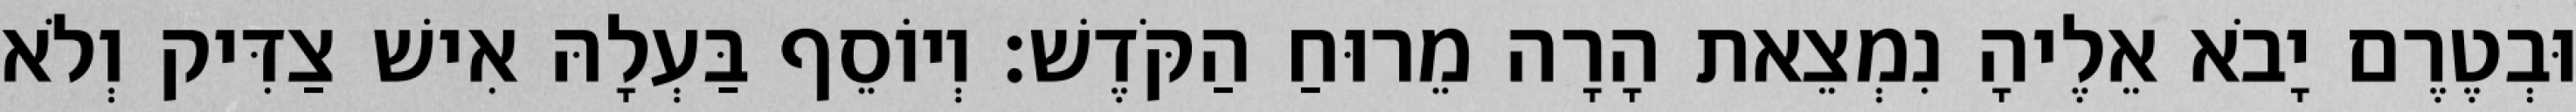
וּבְטֶרֶם יָבֹא אֵלֶיהָ נִמְצֵאת הָרָה מֵרוּחַ הַקֹּדֶשׁ׃ וְיוֹסֵף בַּעְלָהּ אִישׁ צַדִּיק וְלֹא